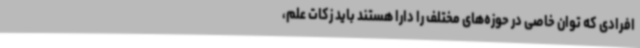
افرادی که توان خاصی در حوزه‌های مختلف را دارا هستند باید زکات علم،